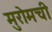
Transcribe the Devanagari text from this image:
मुरोमची